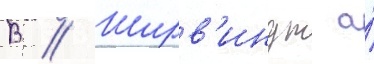
В // Ширв'индт а́